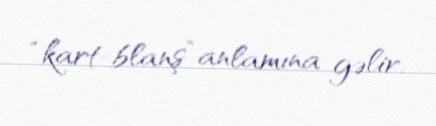
“kart-blanş” anlamına gəlir.